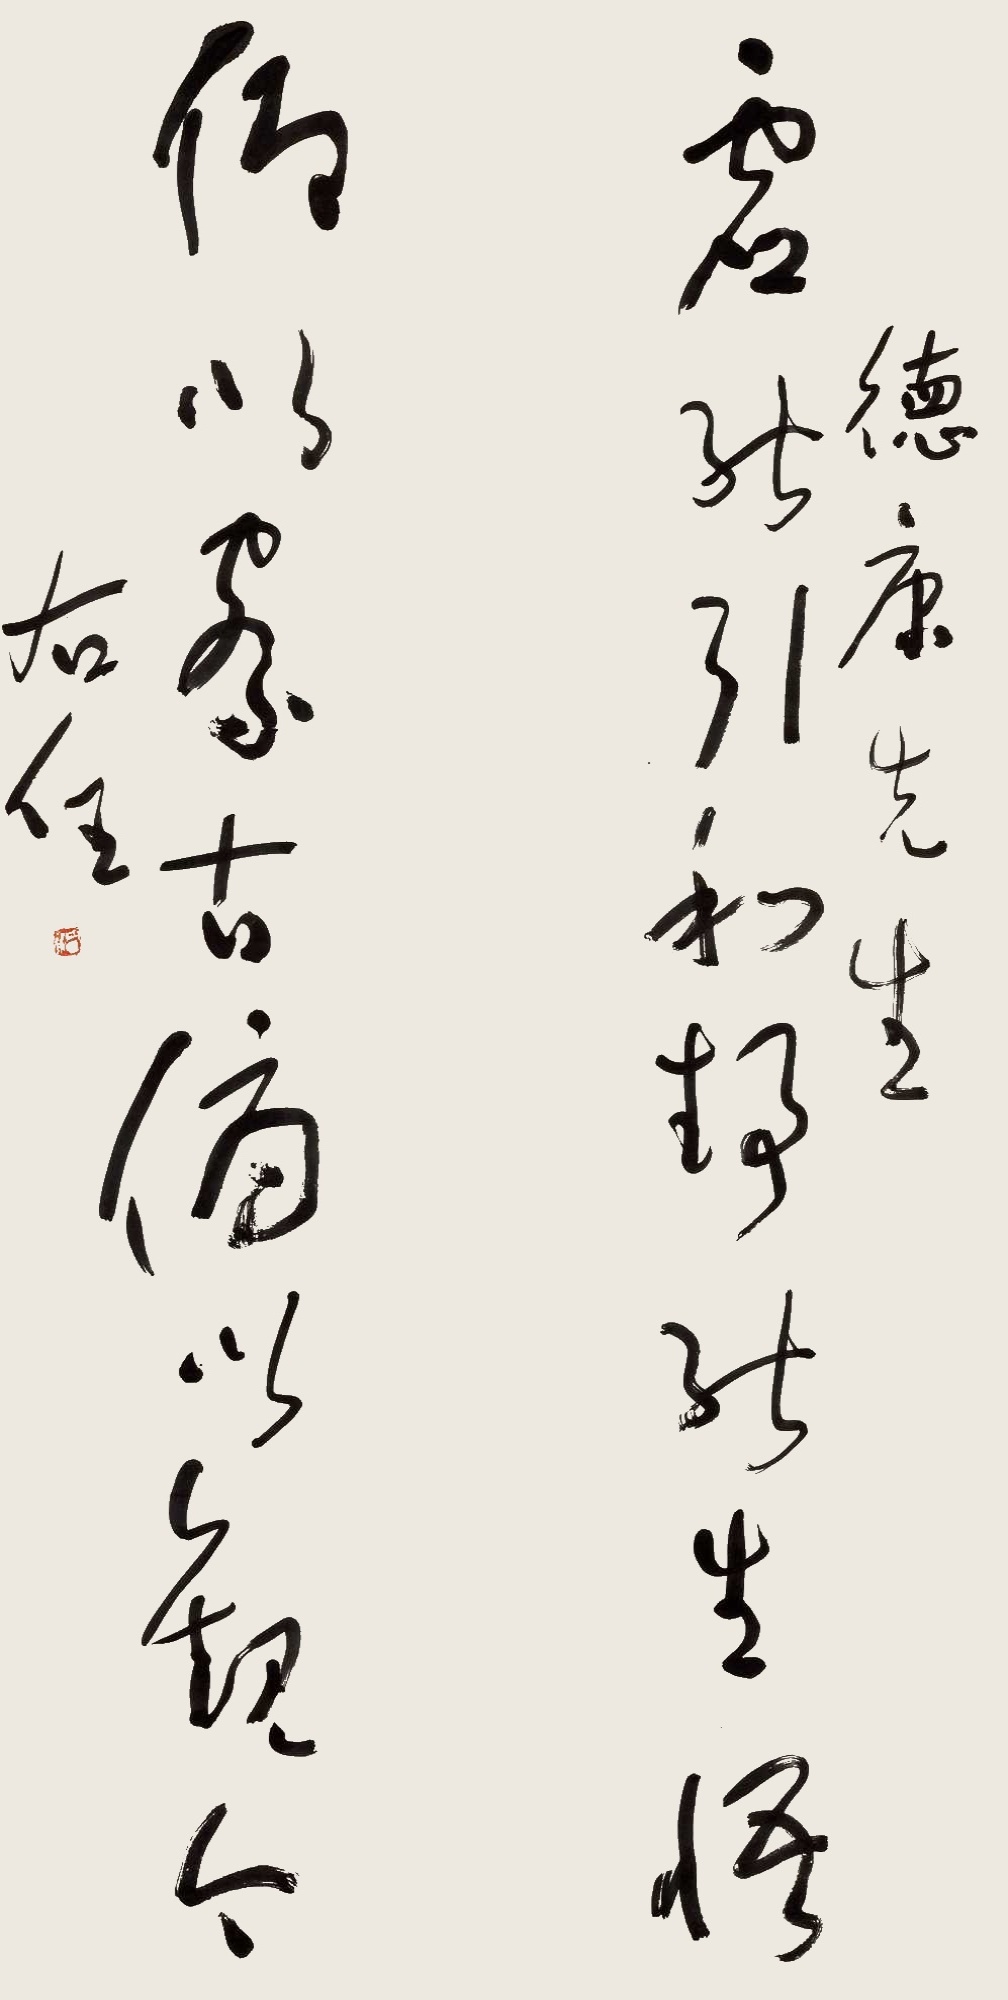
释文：虚能引和，静能生悟。仰以察古，俯以观今。德康先生。右任。